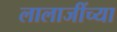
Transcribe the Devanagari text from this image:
लालाजींच्या